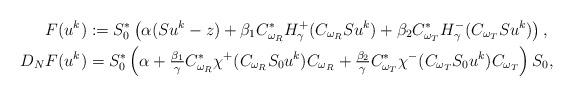
LaTeX: \begin{align*} F(u^k)&:=S_0^*\left(\alpha (Su^k-z) + \beta_1 C^*_{\omega_R}H^+_\gamma(C_{\omega_R}Su^k) + \beta_2 C^*_{\omega_T}H^-_\gamma(C_{\omega_T}Su^k)\right),\\ D_NF(u^k) &= S_0^*\left(\alpha + \tfrac{\beta_1}\gamma C^*_{\omega_R}\chi^+(C_{\omega_R}S_0u^k) C_{\omega_R} + \tfrac{\beta_2}{\gamma} C^*_{\omega_T}\chi^-(C_{\omega_T}S_0u^k)C_{\omega_T}\right)S_0,\end{align*}